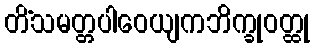
တိံသမတ္တပါဝေယျကဘိက္ခုဝတ္ထု